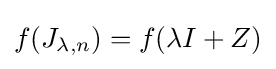
f(J_{\lambda ,n})=f(\lambda I+Z)